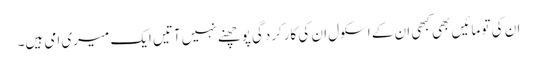
ان کی تو مائیں بھی کبھی ان کے اسکول ان کی کارکردگی پوچھنے نہیں آتیں ایک میری امی ہیں۔